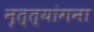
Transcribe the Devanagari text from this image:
नृत्त्यांगना